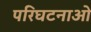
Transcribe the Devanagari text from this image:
परिघटनाओ